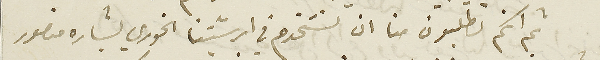
ثم انكم تطلبون منا ان نستخدم في ابرشيتنا الخوري بشاره منصور